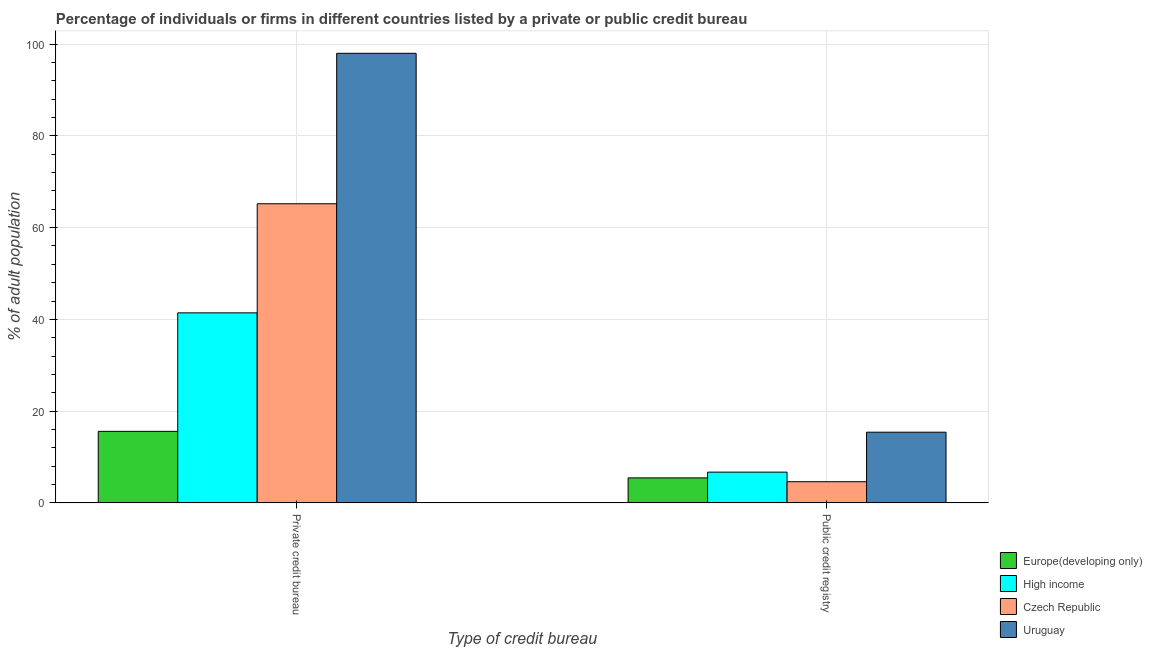
| Type of credit bureau | Europe(developing only) | High income | Czech Republic | Uruguay |
 | --- | --- | --- | --- | --- |
 | Private credit bureau | 15.6 | 41.4 | 65.2 | 98 |
 | Public credit registry | 5.44 | 6.69 | 4.6 | 15.4 |